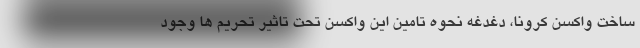
ساخت واکسن کرونا، دغدغه نحوه تامین این واکسن تحت تاثیر تحریم ها وجود